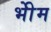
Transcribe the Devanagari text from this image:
भीेम